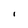
Character: I